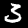
Digit: 3